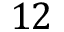
1 2